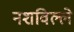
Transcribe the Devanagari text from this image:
नशविल्ले